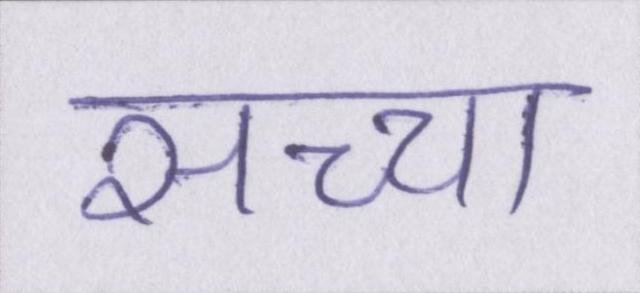
सच्चा